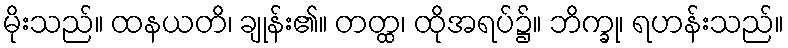
မိုးသည်။ ထနယတိ၊ ချုန်း၏။ တတ္ထ၊ ထိုအရပ်၌။ ဘိက္ခု၊ ရဟန်းသည်။